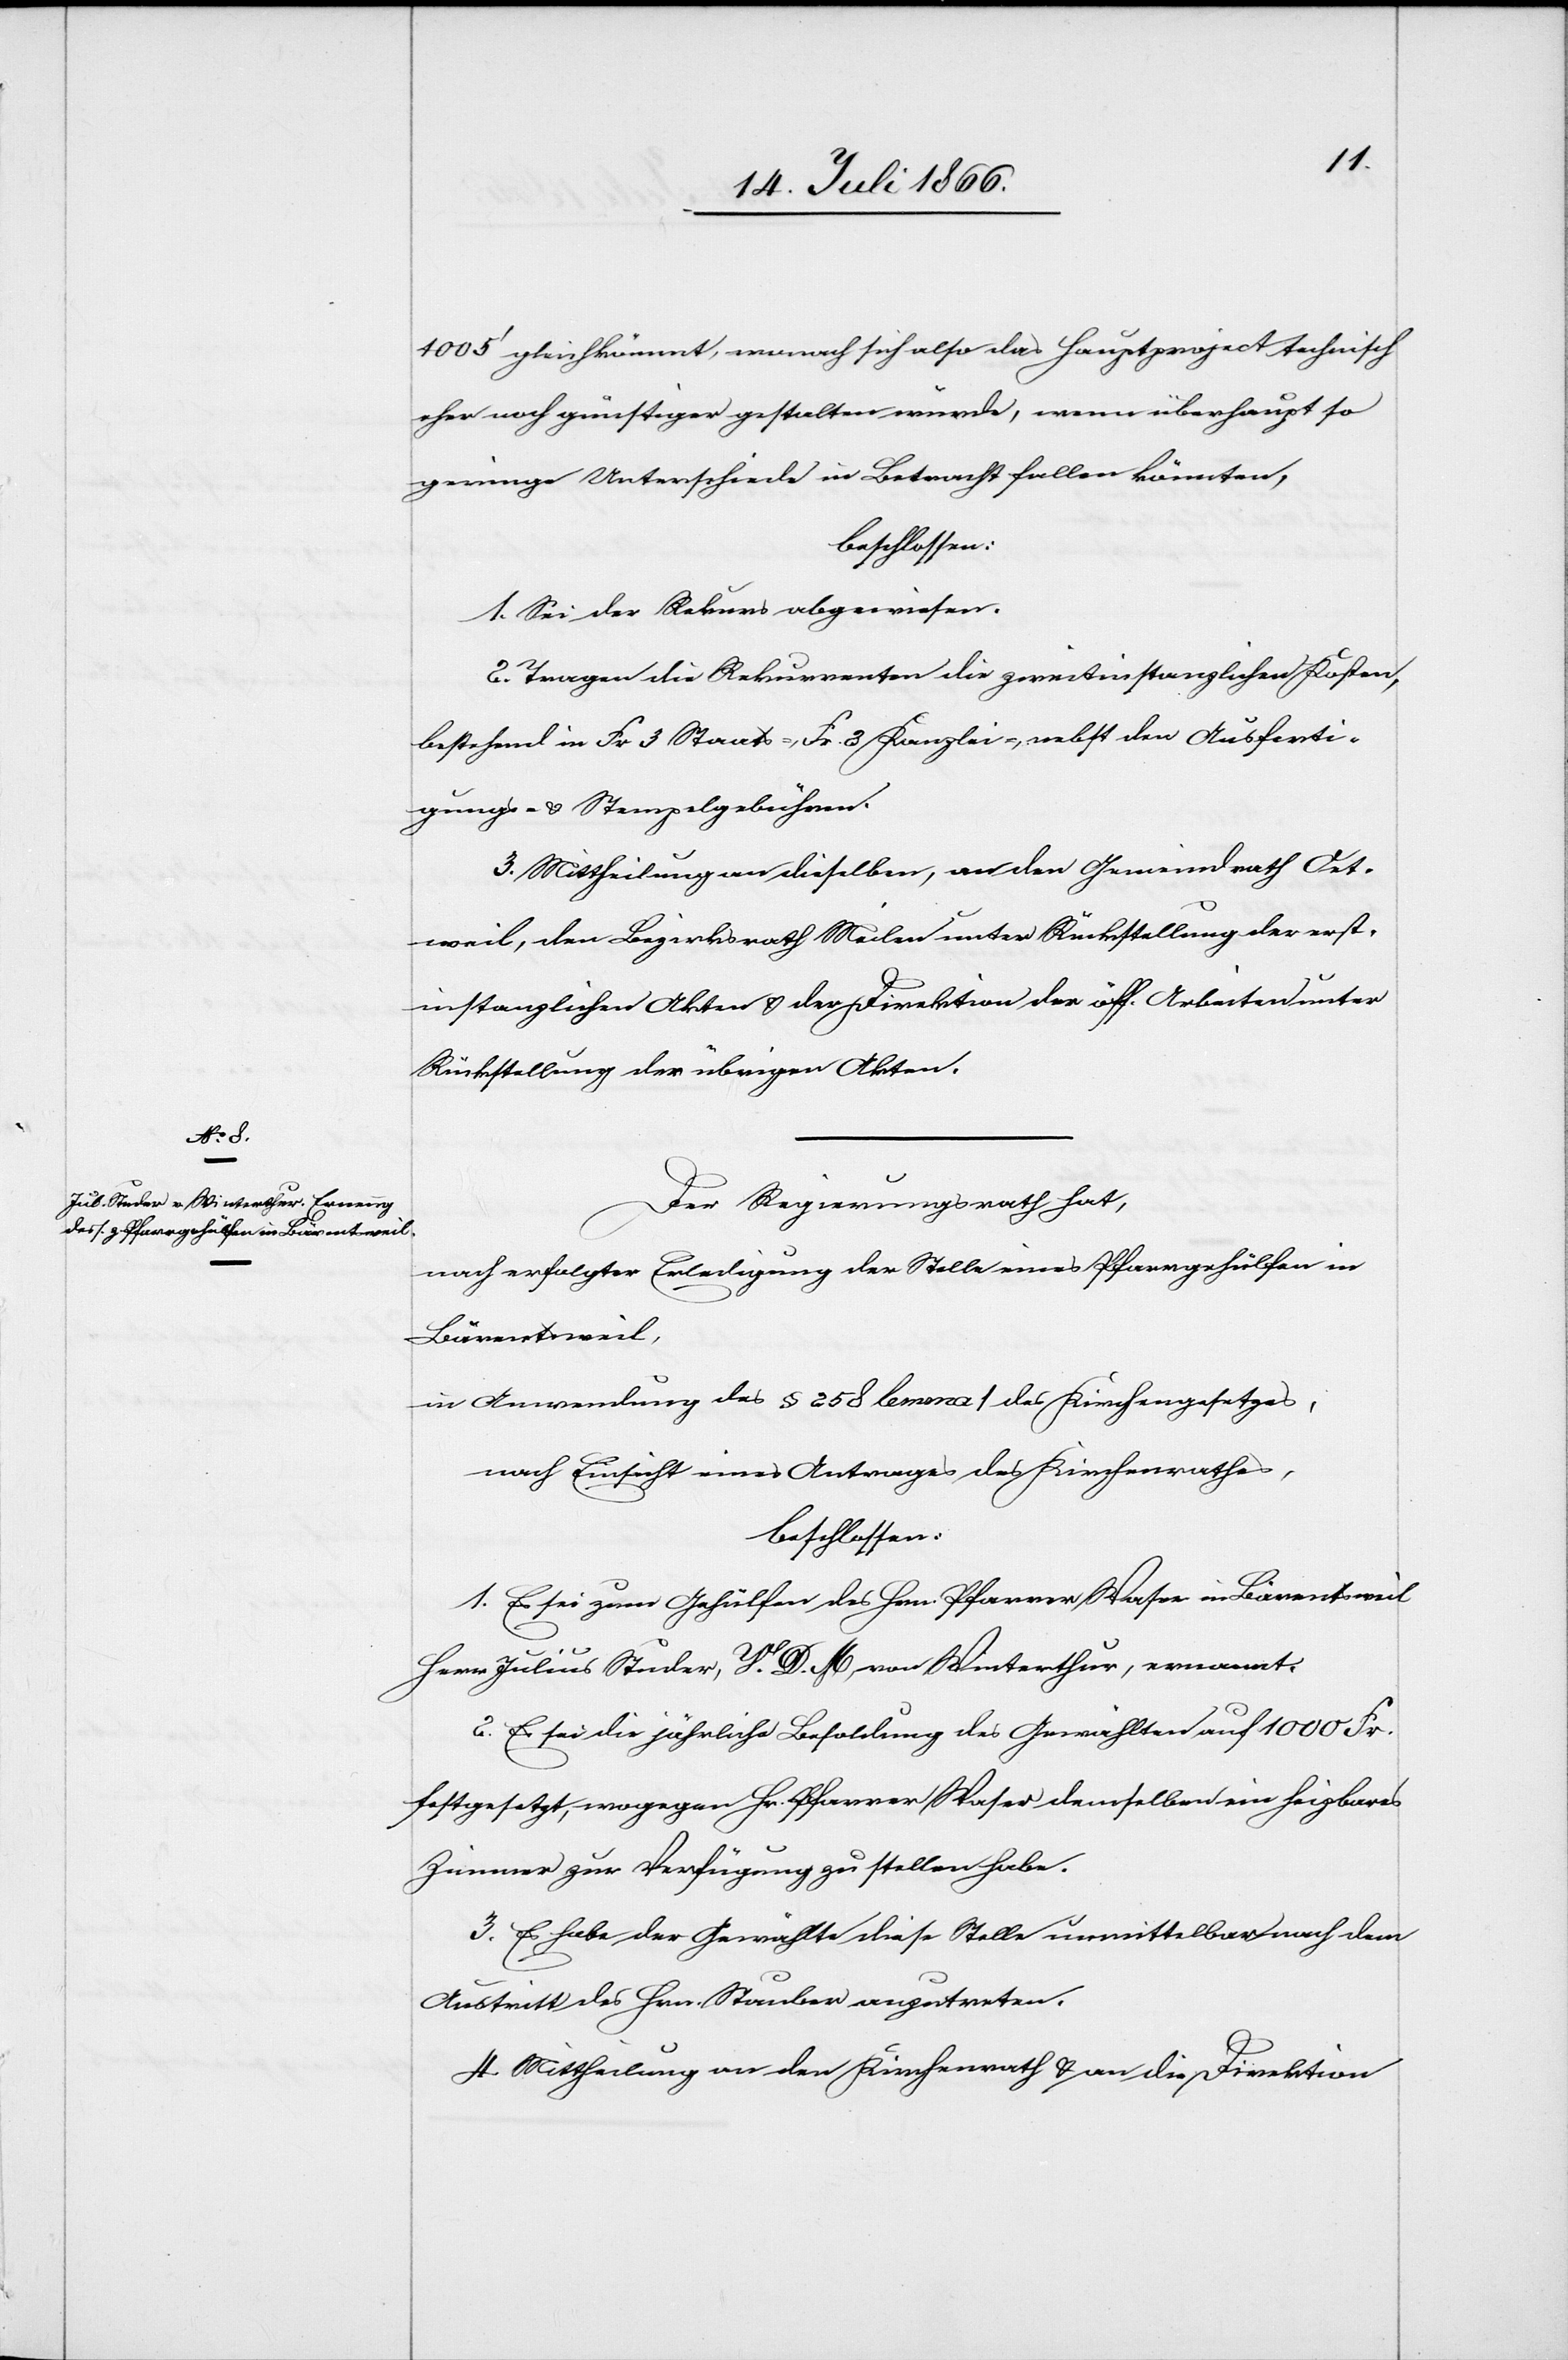
1005‘ gleichkömmt, wonach sich also das Hauptproject technisch
eher noch günstiger gestalten würde, wenn überhaupt so
geringe Unterschiede in Betracht fallen könnten.
beschlossen:
1. Sei der Rekurs abgewiesen.
2. Tragen die Rekurrenten die zweitinstanzlichen Kosten,
bestehend in Fr. 3 Staats-, Fr. 3 Kanzlei-, nebst den Ausferti¬
gungs- u. Stempelgebühren.
3. Mittheilung an dieselben, an den Gemeindrath Oet¬
weil, den Bezirksrath Meilen unter Rückstellung der erst¬
instanzlichen Akten u. der Direktion der öff. Arbeiten unter
Rückstellung der übrigen Akten.
Der Regierungsrath hat,
nach erfolgter Erledigung der Stelle eines Pfarrgehülfen in
Bärentsweil,
in Anwendung des § 258 lemma 1 des Kirchengesetzes,
nach Einsicht eines Antrages des Kirchenrathes,
beschlossen:
1. Es sei zum Gehülfen des Hrn. Pfarrer Waser in Bärentsweil
Herr Julius Studer, V. D. M., von Winterthur, ernannt.
2. Es sei die jährliche Besoldung des Gewählten auf 1000 Fr.
festgesetzt, wogegen Hr. Pfarrer Waser demselben ein heizbares
Zimmer zur Verfügung zu stellen habe.
3. Es habe der Gewählte diese Stelle unmittelbar nach dem
Austritte des Hrn. Sauber anzutreten.
3. Mittheilung an den Kirchenrath u. an die Direktion